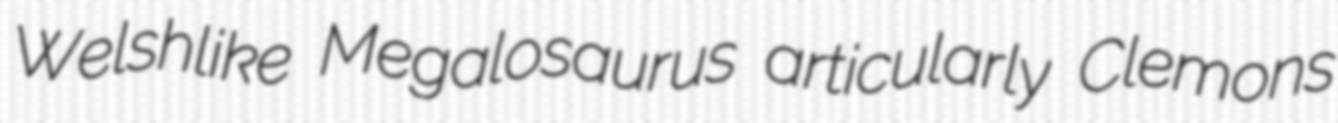
Welshlike Megalosaurus articularly Clemons